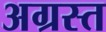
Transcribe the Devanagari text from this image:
अग्रस्त